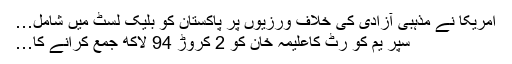
امریکا نے مذہبی آزادی کی خلاف ورزیوں پر پاکستان کو بلیک لسٹ میں شامل…
سپر یم کو رٹ کاعلیمہ خان کو 2 کروڑ 94 لاکھ جمع کرانے کا…